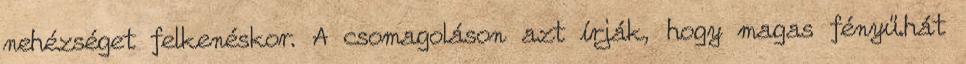
nehézséget felkenéskor. A csomagoláson azt írják, hogy magas fényű.hát